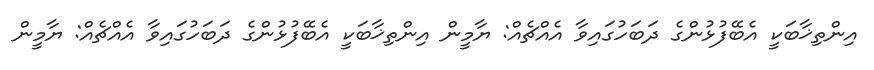
އިންތިޚާބަކީ އެބޭފުޅުންގެ ދަބަހުގައިވާ އެއްޗެއް: ޔާމީން އިންތިޚާބަކީ އެބޭފުޅުންގެ ދަބަހުގައިވާ އެއްޗެއް: ޔާމީން